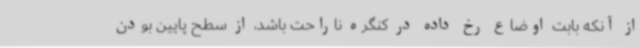
از آنکه بابت اوضاع رخ داده در کنگره ناراحت باشد، از سطح پایین بودن